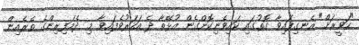
"ހަވީރަށް" އެނގިފައިވާ ގޮތުގައި ކައިވެނިކޮށްގެން އުޅޭތާ ދެ އަހަރުވެފައިވާ މި ދެމަފިރިންގެ ތެރެއިން